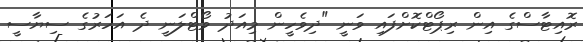
ރޮއިޓާސްގެ އިން ރިޕޯޓްކޮށްފައި ވަނީ "ދިވެހީން މިއަދު ވޯޓްލަނީ ދެ އަހަރުގެ ސިޔާސީ